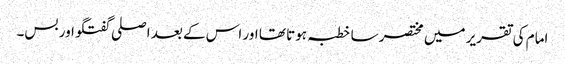
امام کی تقریر میں مختصر سا خطبہ ہوتا تھا اور اس کے بعد اصلی گفتگو اور بس۔